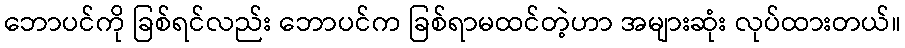
ဘောပင်ကို ခြစ်ရင်လည်း ဘောပင်က ခြစ်ရာမထင်တဲ့ဟာ အများဆုံး လုပ်ထားတယ်။